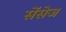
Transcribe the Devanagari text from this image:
सेंसेज